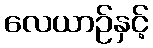
လေယာဉ်နှင့်